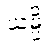
ယမ္ပိ